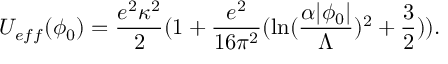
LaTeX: U _ { e f f } ( \phi _ { 0 } ) = \frac { e ^ { 2 } \kappa ^ { 2 } } { 2 } ( 1 + \frac { e ^ { 2 } } { 1 6 \pi ^ { 2 } } ( \ln ( \frac { \alpha | \phi _ { 0 } | } { \Lambda } ) ^ { 2 } + \frac { 3 } { 2 } ) ) .